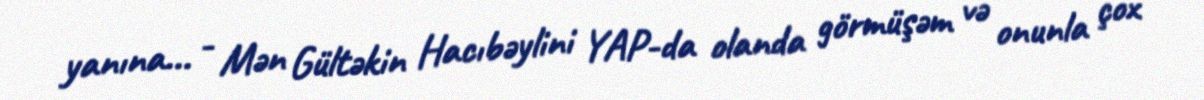
yanına... - Mən Gültəkin Hacıbəylini YAP-da olanda görmüşəm və onunla çox